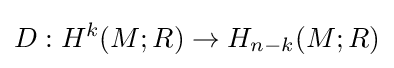
D:H^{k}(M;R)\to H_{n-k}(M;R)